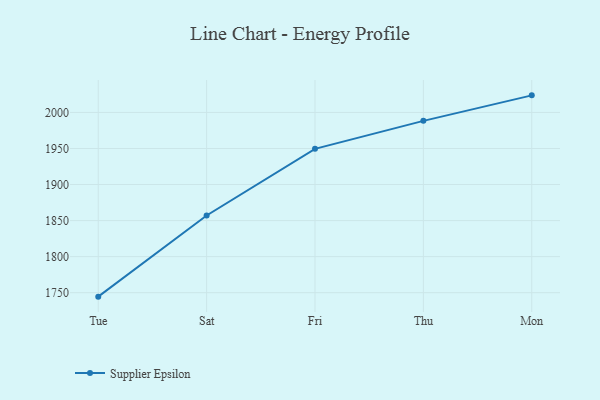
{"axis": {"x": "Day", "y": "Conversion Rate (%)"}, "legend": ["Supplier Epsilon"], "data": [{"x": "Tue", "y": 1744.5, "type": "Supplier Epsilon"}, {"x": "Sat", "y": 1857.1, "type": "Supplier Epsilon"}, {"x": "Fri", "y": 1949.5, "type": "Supplier Epsilon"}, {"x": "Thu", "y": 1988.3, "type": "Supplier Epsilon"}, {"x": "Mon", "y": 2023.7, "type": "Supplier Epsilon"}]}